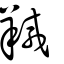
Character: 羬